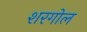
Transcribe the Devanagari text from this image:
शरगोल